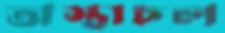
অস্তাচল